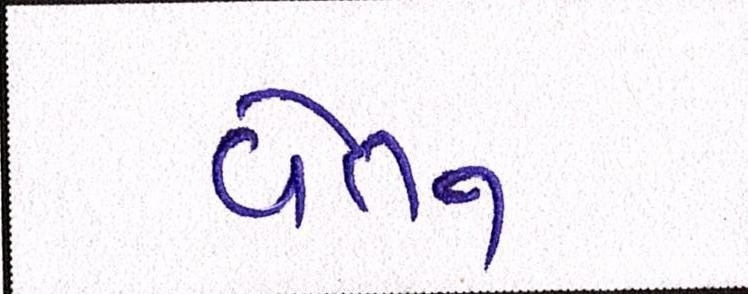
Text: વેતન